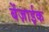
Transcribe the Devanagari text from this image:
बेंज़ाईक